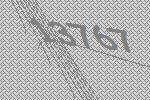
13767